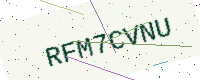
Text: RFM7CVNU